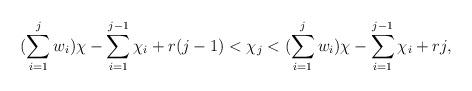
LaTeX: \begin{align*}(\sum\limits_{i=1}^j w_i)\chi - \sum\limits_{i=1}^{j-1}\chi_i + r(j-1) < \chi_j < (\sum\limits_{i=1}^j w_i)\chi - \sum\limits_{i=1}^{j-1}\chi_i + rj,\end{align*}